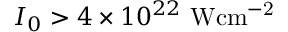
I _ { 0 } > 4 \times 1 0 ^ { 2 2 } \mathrm { ~ W c m ^ { - 2 } }